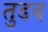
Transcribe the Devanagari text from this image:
तुडव